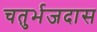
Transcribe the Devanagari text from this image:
चतुर्भजदास